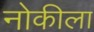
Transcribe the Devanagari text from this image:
नोकीला